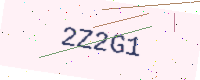
Text: 2Z2G1